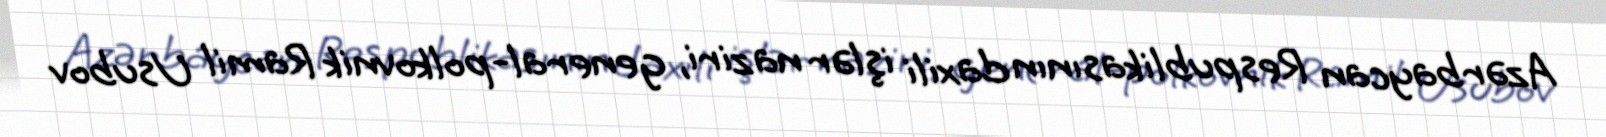
Azərbaycan Respublikasının daxili işlər naziri, general-polkovnik Ramil Usubov